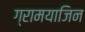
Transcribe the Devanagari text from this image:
ग्रामयाजिन